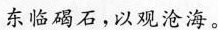
东临碣石，以观沧海。